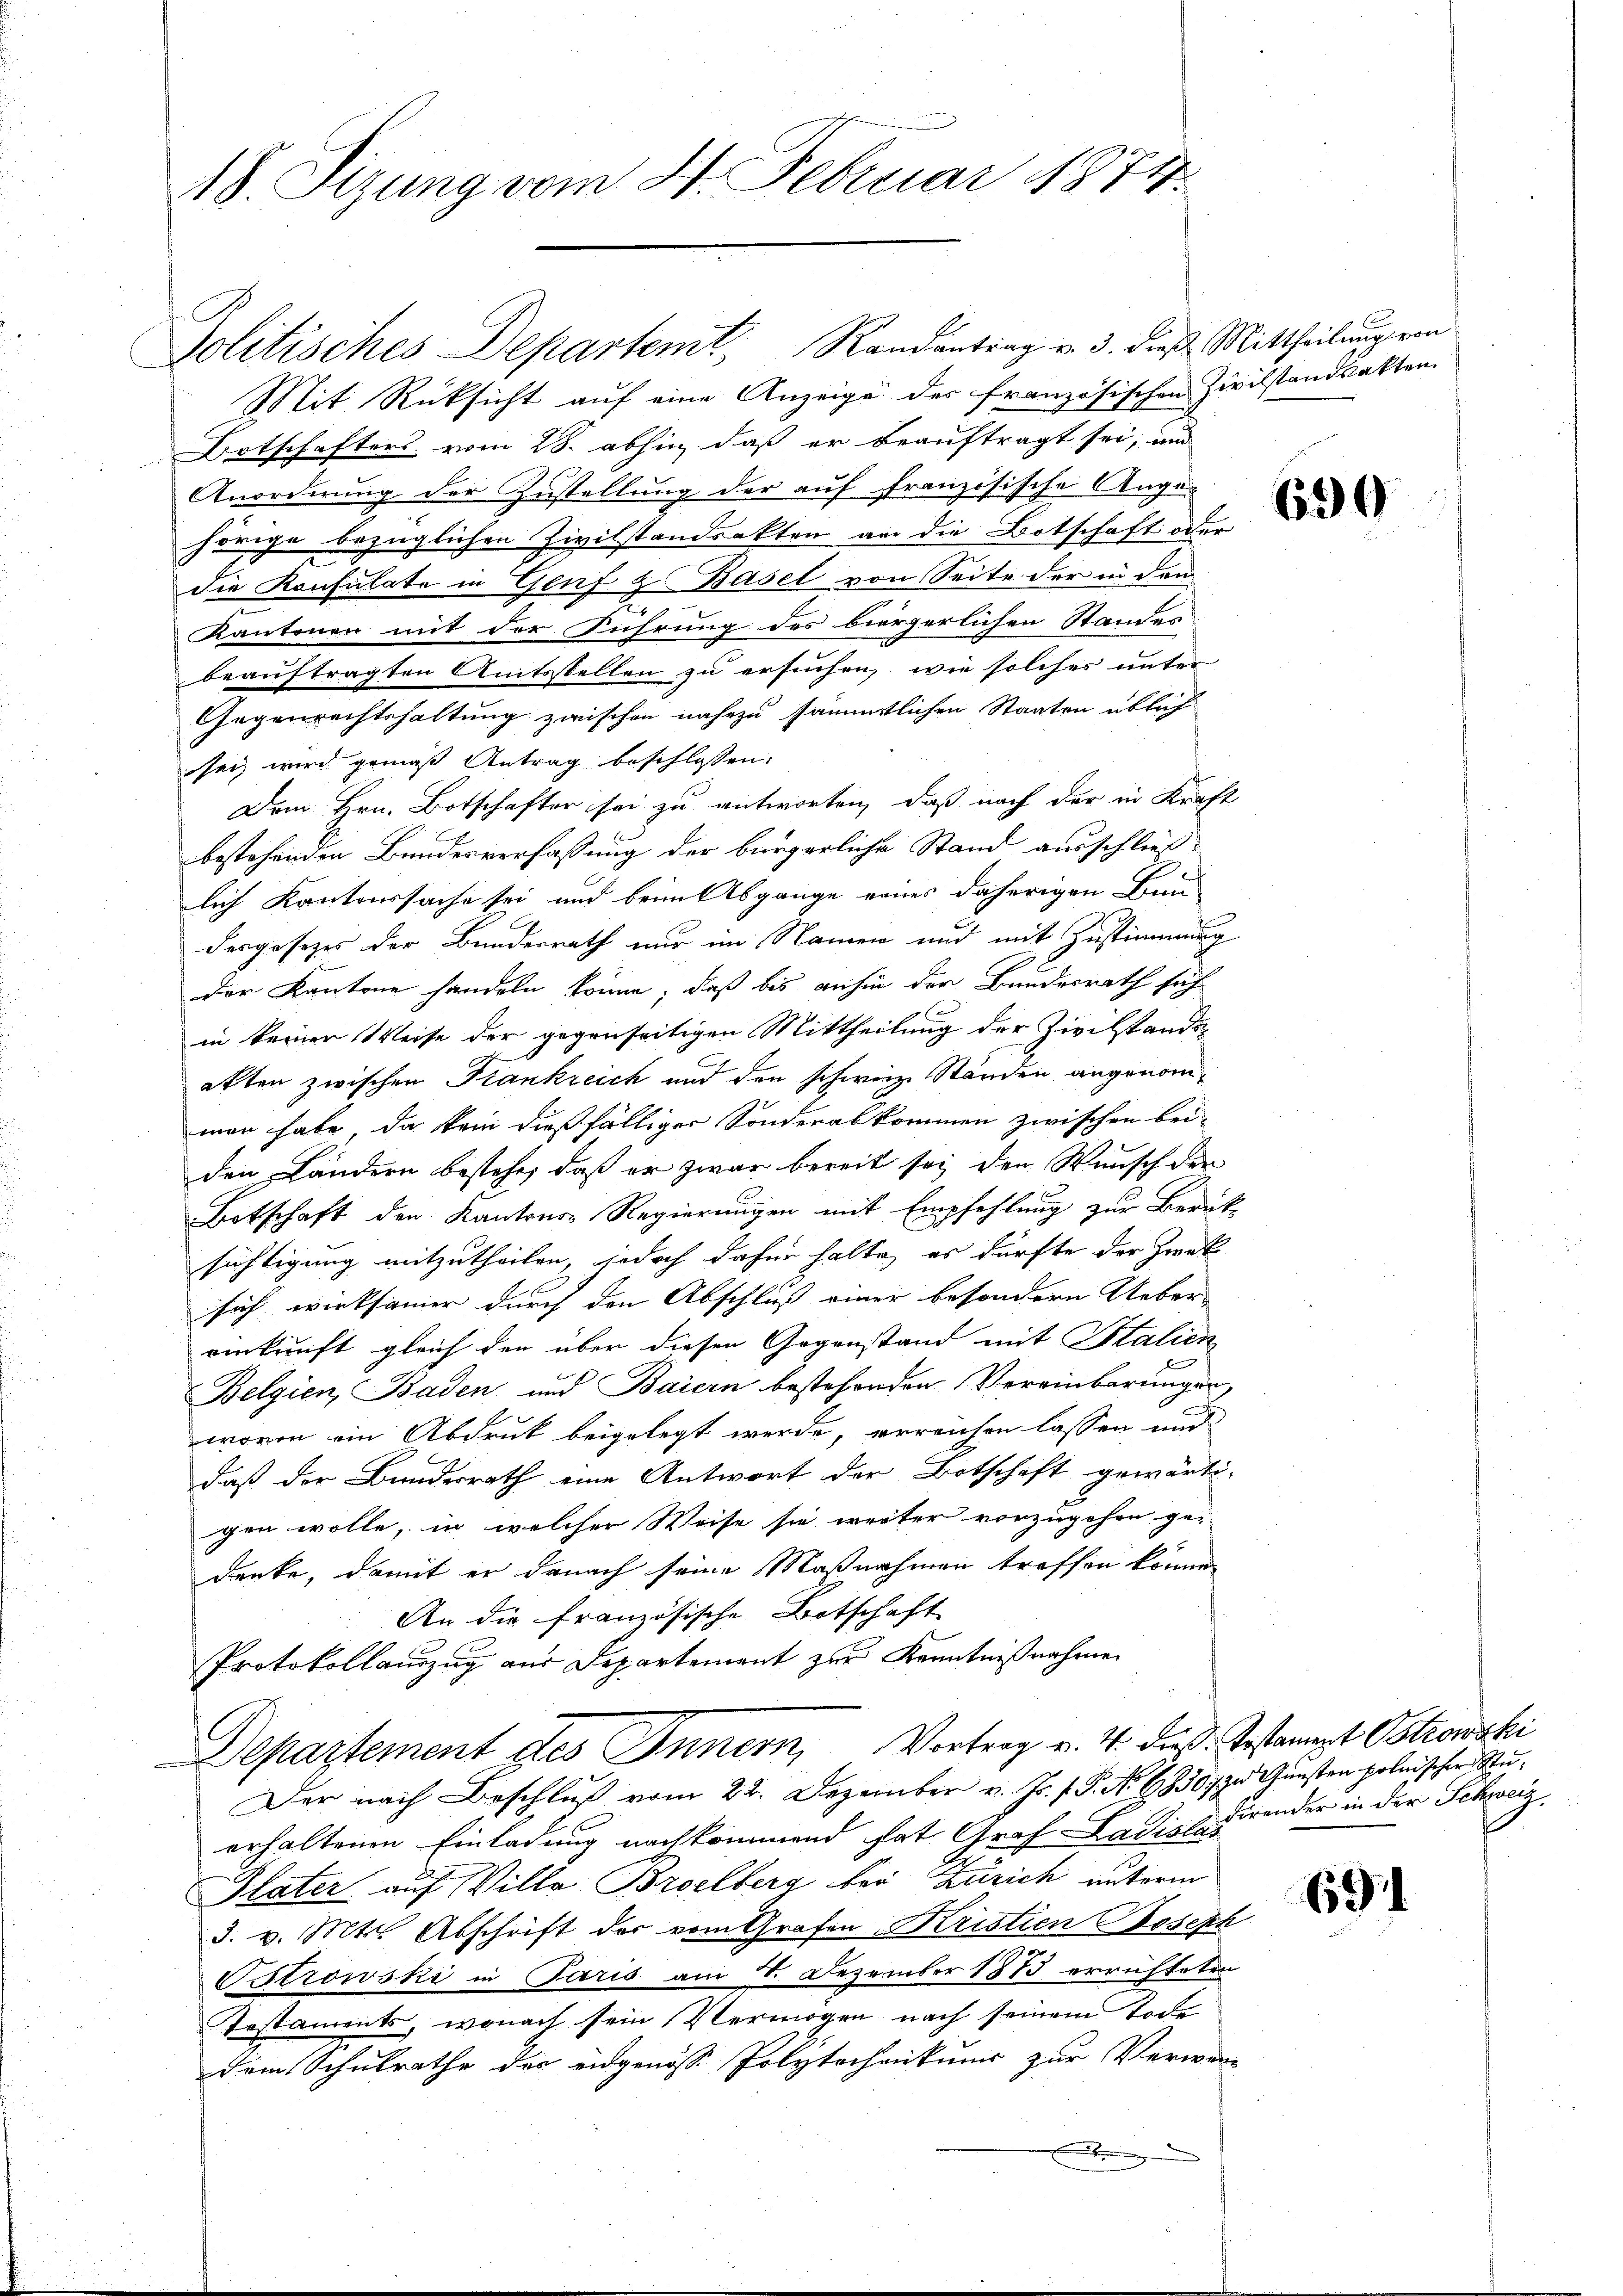
18. Sizung vom 4. Februar 1874.

c

Mit Rücksicht auf eine Anzeige des französischen Zivilstandsakten.
Botschafters vom 28. abhin, daß er beauftragt sei, und
Anordnung der Zustellung der auf französische Augehörige bezüglichen Zivilstandsakten an die Botschaft oder
die Konsulate in Genf & Basel von Seite der in den
t
Kantonen mit der Führung des biergerlichen Standes
beauftragten Amtsstellen zu ersuchen, wie solches unter
Gegenrechtshaltung zwischen nahezu sämmtlichen Staaten üblich
sei, wird gemäß Antrag beschlossen,
Dem Hrn. Botschafter sei zu antworten, daß nach der in Kraft
bestehenden Bundesverfassung der bürgerliche Stand ausschließlich Kantonssache sei und beim Abgange eines daherigen Bau-
dergesetzes der Bundesrath nur im Namen und mit Zustimmung
der Kantone handeln könne, daß bis anhin der Bundesrath sich
in keiner Weise der gegenseitigen Mittheilung der Zivilstandsakten zwischen Frankreich und den schweiz. Ständen angenommen habe, da kein dießfälliger Sonderabkommen zwischen bei-
den Ländern bestehe, daß er zwar bereit sei den Wunsch der
Botschaft den Kantons-Regierungen mit Empfehlung zur Berük-
sichtigung mitzutheilen, jedoch dafür halte, es dürfte der Zweck
sich wirksamer durch den Abschluß einer besondern Ueber-
einkunft gleich den über diesen Gegenstand mit Italien
Belgien, Baden und Baiern bestehenden Vereinbarungen,
wovon ein Abdruk beigelegt werde, erreichen lassen und
daß der Bundesrath eine Antwort der Botschaft gewärti-
gen wolle, in welcher Weise sie weiter vorzugehen ge-
denke, damit er danach seine Maßnahmen treffen könne.
An die französische Botschaft
Protokollauszug aus Departement zur Kenntnißnahmen
Departement des Innern, Vortrag v. 4. dieß bestammpt Ostrowski
Der nach Beschluß vom 22. Dezember v. Js. f. P. No 68307 zu Gunsten polnischer Stuerhaltenen Einladung nachkommend hat Graf Ladialdirender in der Schwei
Plater auf Villa Broelberg bei Zürich unterm
3. v. Mts. Abschrift der vom Grafen Kristien Joseph
Citrowski in Paris am 1. Dezember 1875 errichteten
Testaments, wonach sein Vermögen nach seinem Tode
dem Schulrathe des eidgenosse Polytechanikums zur Verwen-
.

Politisches Departemt, Randantrag u. 3. dieß Mittheilung von

690

691